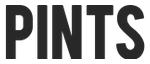
PINTS